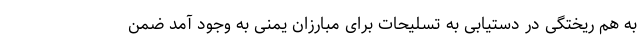
به هم ریختگی در دستیابی به تسلیحات برای مبارزان یمنی به وجود آمد ضمن